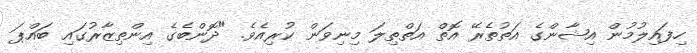
ހިފައިލުމުން އިޝާންގެ އަތުތެރޭ އޮތް އަތްތިލަ މިނިވަން ކުރިއެވެ. "ދޮންބެގެ އިންތިޒާރުގައި ބައްޕަ